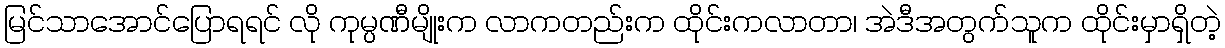
မြင်သာအောင်ပြောရရင် လို ကုမ္ပဏီမျိုးက လာကတည်းက ထိုင်းကလာတာ၊ အဲဒီအတွက်သူက ထိုင်းမှာရှိတဲ့